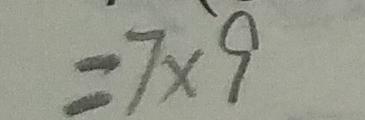
= 7 \times 9